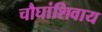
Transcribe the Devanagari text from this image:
चौघांशिवाय